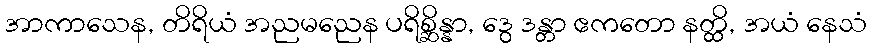
အာကာသေန, တိရိယံ အညမညေန ပရိစ္ဆိန္နာ, ဒွေ ဒန္တာ ဧကတော နတ္ထိ, အယံ နေသံ